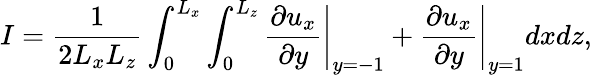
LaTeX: I=\frac{1}{2L_{x}L_{z}}\int_{0}^{L_{x}}\int_{0}^{L_{z}}\left.\frac{\partial u_{x}}{\partial y}\right|_{y=-1}+\left.\frac{\partial u_{x}}{\partial y}\right|_{y=1}dxdz,